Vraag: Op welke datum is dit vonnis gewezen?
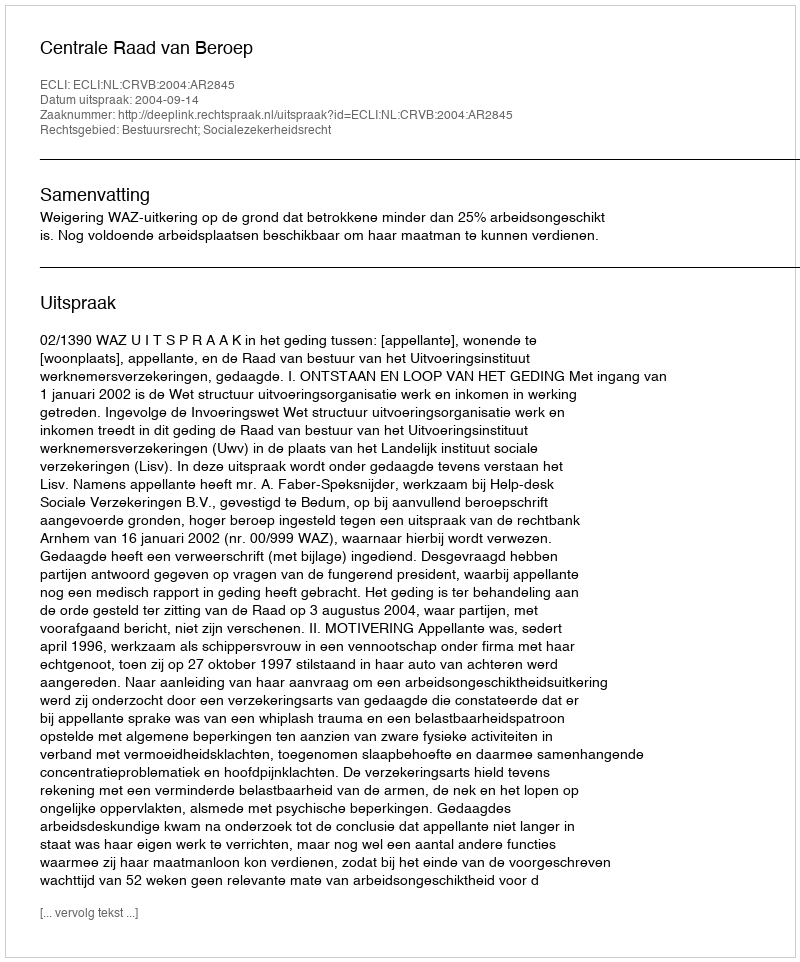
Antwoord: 2004-09-14